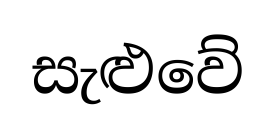
සැළුවේ